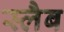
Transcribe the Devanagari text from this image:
स्‍लैब